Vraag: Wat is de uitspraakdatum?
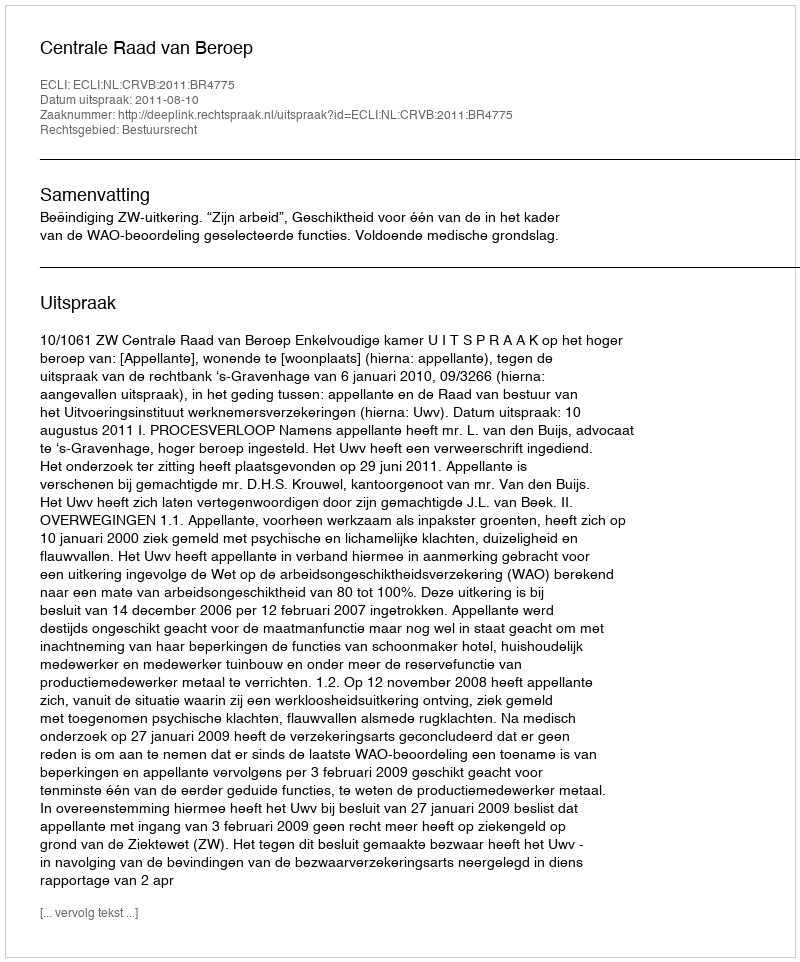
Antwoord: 2011-08-10